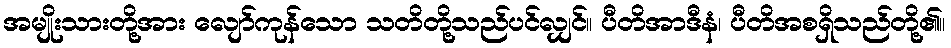
အမျိုးသားတို့အား လျော်ကုန်သော သတိတို့သည်ပင်လျှင်။ ပီတိအာဒီနံ၊ ပီတိအစရှိသည်တို့၏။